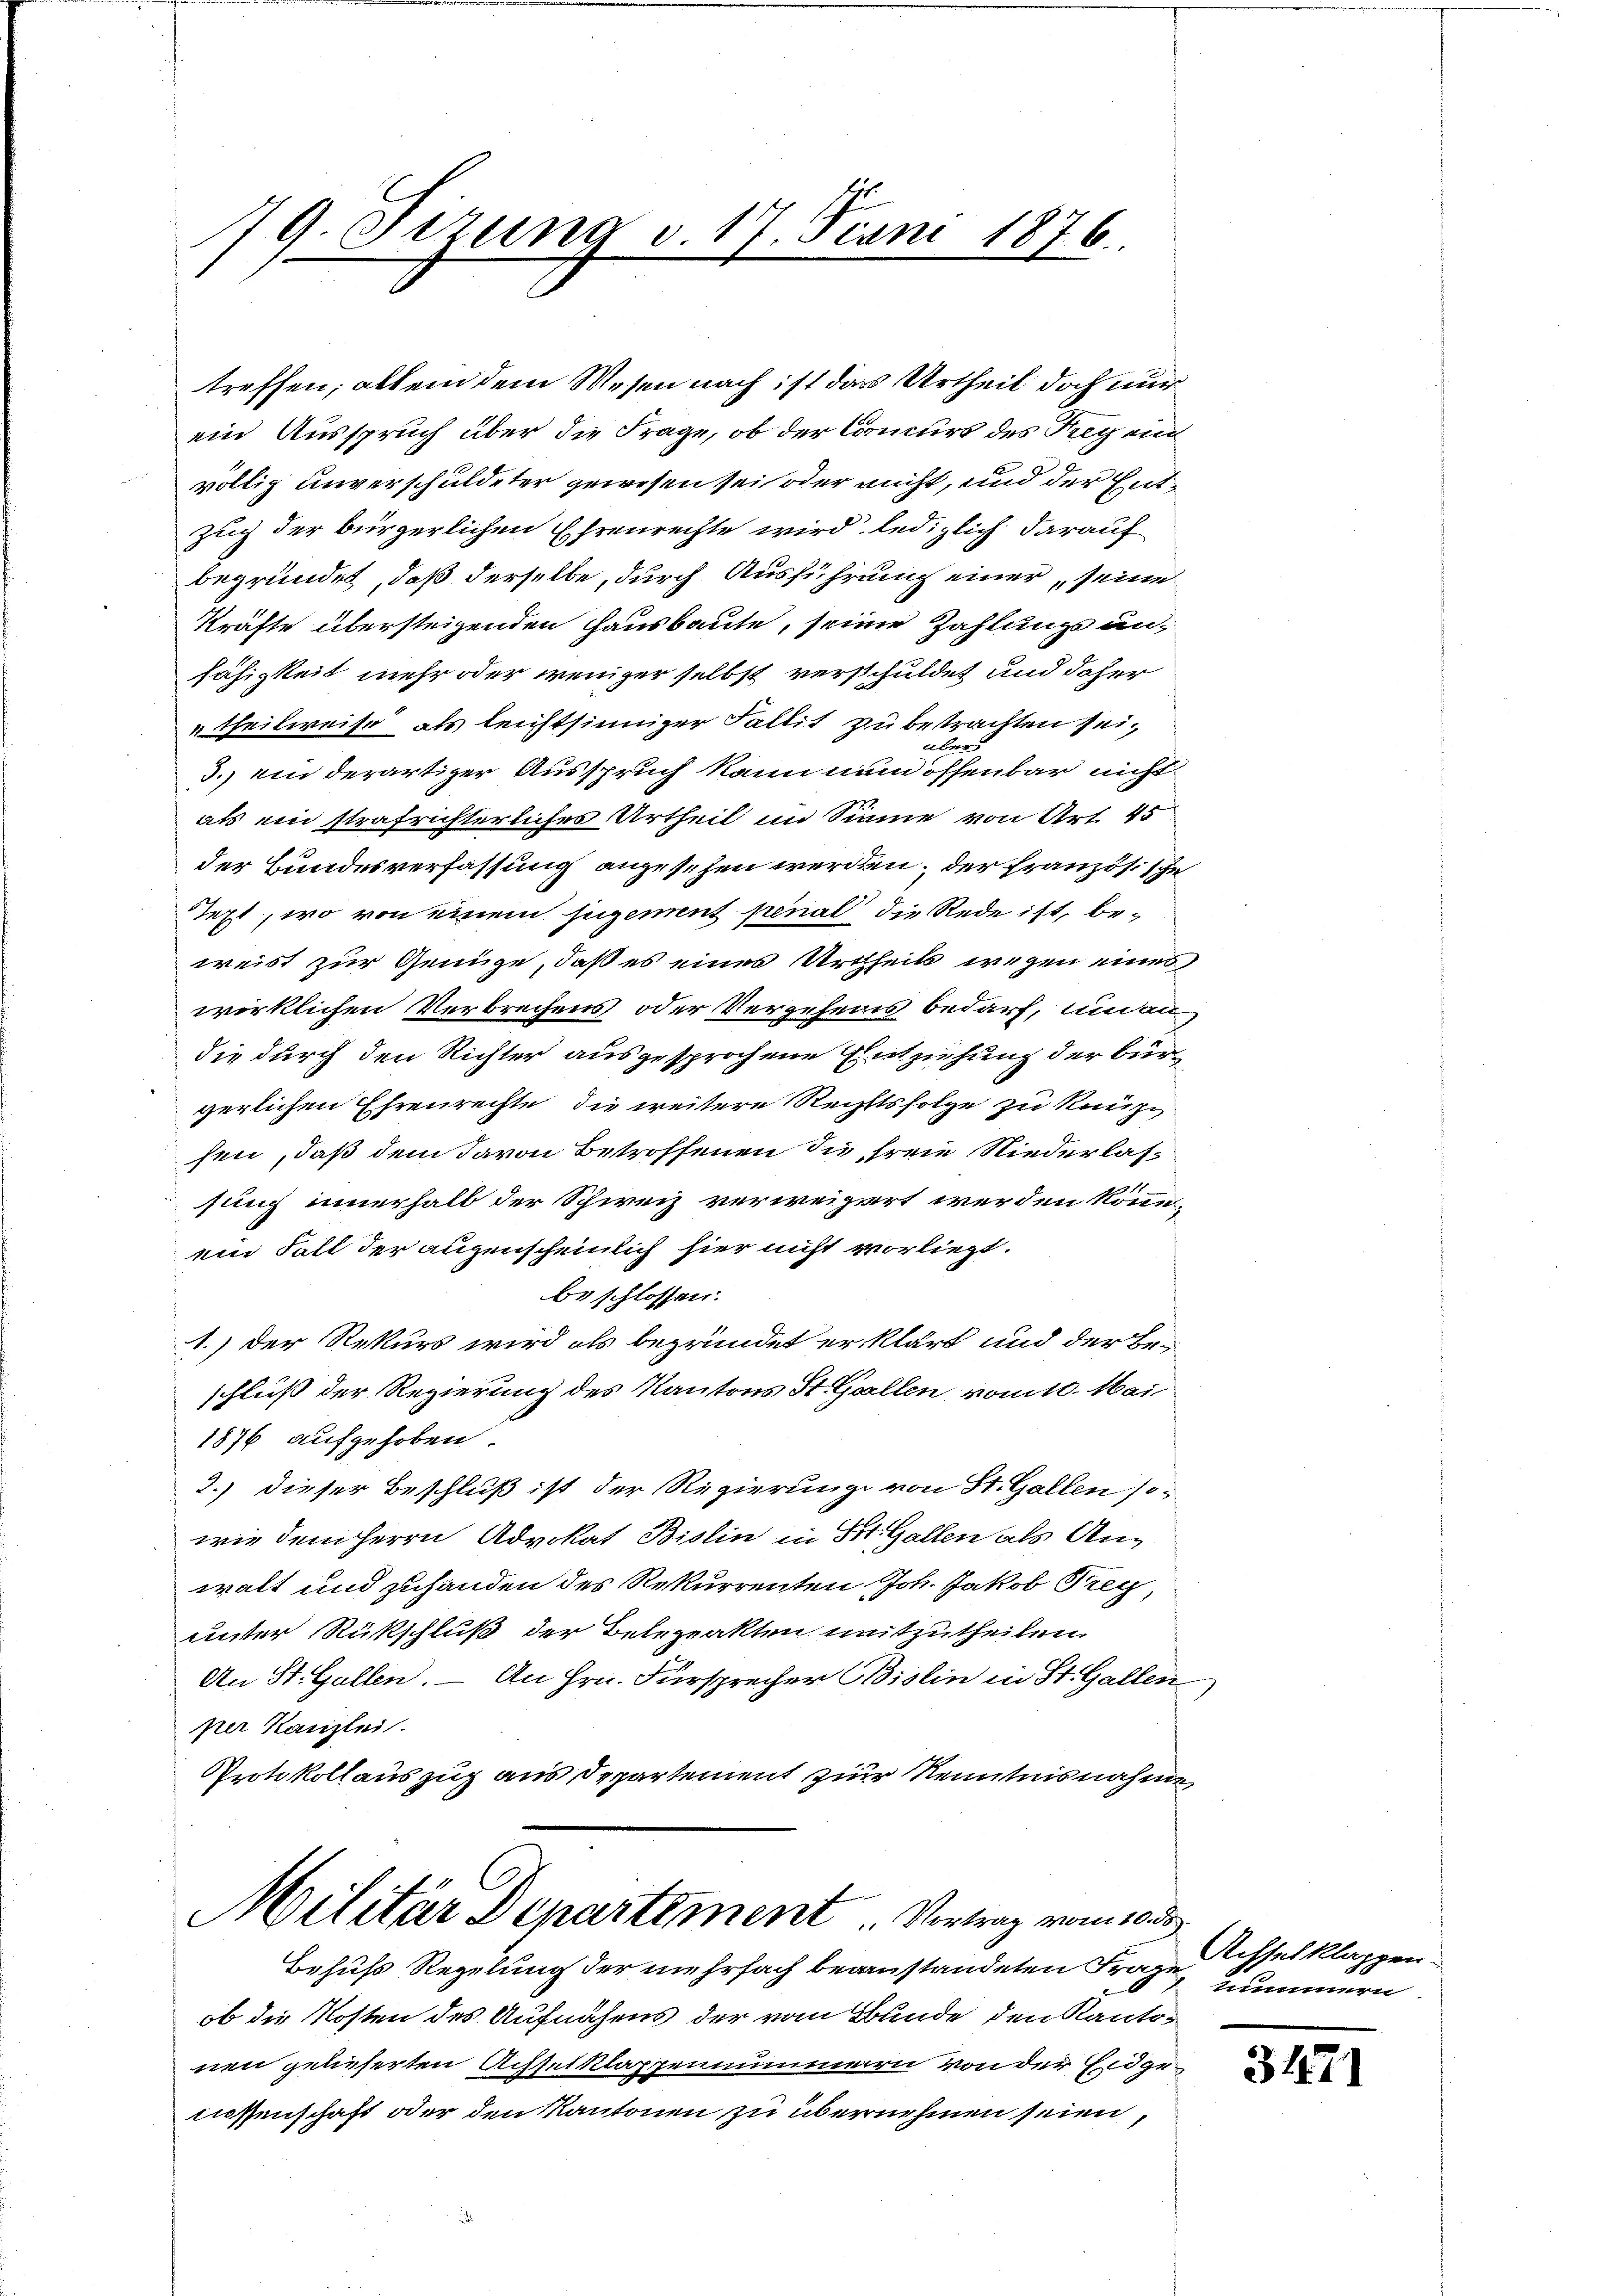
19. Sizung v. 17. Juni 1876.
1.

treffen; allein dem Wesen nach ist das Urtheil doch nur
ein Ausspruch über die Frage, ob der Concurs des Bregend
völlig unverschuldeter gewesen sei oder nicht, und der Ent¬
Zug der bürgerlichen Ehrenrechte wird lediglich darauf
begründet, daß derselbe, durch Ausführung einer seine
kräfte übersteigenden Hausbaute, seine Zahlungs un-
fähigkeit mehr oder weniger selbst verschuldet und daher
theilweise als leichtsinniger Fallit zu betrachten seiaeltene
3.) ein derartiger Ausspruch kann nun öffenbar nicht
als ein strafrichterliches Urtheil im Sinne von Art. 45
der Bundesverfassung angesehen werden, der französische
Jezt, wo von einem jugement penal die Rede ist, be-
weist zur Genüge, daß es eines Urtheils wegen eines
wirklichen Verbrechens oder Vergehens bedarf, und an
die durch den Richter ausgesprochene Entziehung der Bürverlichen Ehrenrechte die weitere Rechtsfolge zu knüp
sen, daß dem davon Betroffenen die freie Niederlassung innerhalb der Schweiz verweigert werden könne,
ein Fall der augenscheinlich hier nicht vorliegt.
beschlossen:
1.) Der Rekurs wird als begründet erklärt und der Beschluß der Regierung des Kantons St. Gallen vom 10. Mai
1876 aufgehoben.
2.) dieser Beschluß ist der Regierung von St. Gallen sowie dem Herrn Advokat Bislin in St. Gallen als Anwalt und zuhanden des Rekurrenten Joh. Jakob Frey
unter Rückschluß der Belezakten mitzutheilen.
An St. Gallen. — An Hrn. Fürsprecher Bislin in St. Gallen
per Kanzlei.
Protokollauszug aus Departement zur Kenntnisnahme
Militär Departement Vertrag vom 10 de
Behufs Regelung der mehrfach beanstandeten Frage
ob die Kosten des Aufnahms der vom Bunde den Kantonen gelieferten Achselklappennummern von der Eidgelissenschaft oder den Kantonen zu übernehmen seien,
.

Achsel klappen
mimmern

3471